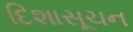
દિશાસૂચન